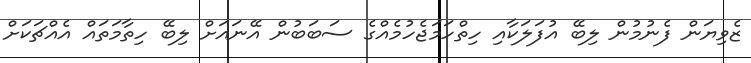
ޒެވިޔަން ފެނުމުން ލިބޭ އުފަލަކާއި ހިތްހަމަޖެހުމެއްގެ ސަބަބުން އޭނައަށް ލިބޭ ހިތާމަތައް އެއްޗަކަށް